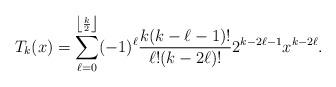
LaTeX: \begin{align*} T_k(x) = \sum\limits_{\ell=0}^{\left \lfloor \frac{k}{2} \right \rfloor} (-1)^\ell \frac{k(k-\ell-1)!}{\ell ! (k-2\ell)!} 2^{k-2\ell - 1} x^{k-2\ell}.\end{align*}